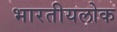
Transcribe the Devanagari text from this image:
भारतीयलोक